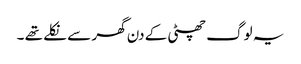
یہ لوگ چھٹی کے دن گھر سے نکلے تھے ۔